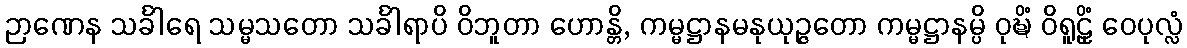
ဉာဏေန သင်္ခါရေ သမ္မသတော သင်္ခါရာပိ ဝိဘူတာ ဟောန္တိ, ကမ္မဋ္ဌာနမနုယုဉ္ဇတော ကမ္မဋ္ဌာနမ္ပိ ဝုဍ္ဎိံ ဝိရူဠှိံ ဝေပုလ္လံ